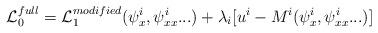
LaTeX: \begin{align*}{\cal L}_0^{full} = {\cal L}_1^{modified}( \psi^i_x,\psi^i_{xx}...) + \lambda_i [ u^i - M^i(\psi^i_x,\psi^i_{xx}...) ]\end{align*}